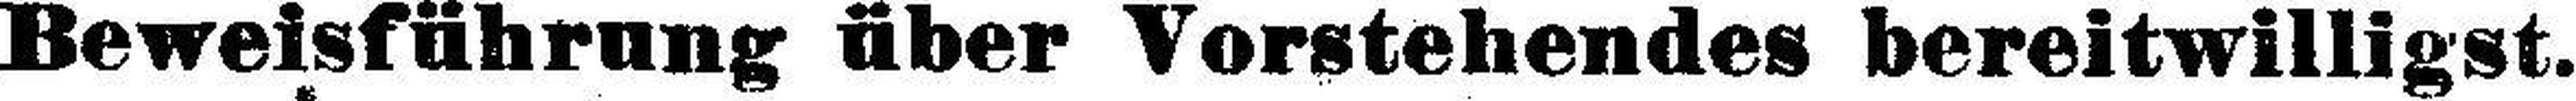
Beweisführung über Vorstehendes bereitwilligst.